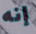
إنه